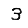
Digit: 3